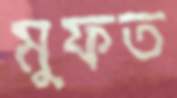
মুফত